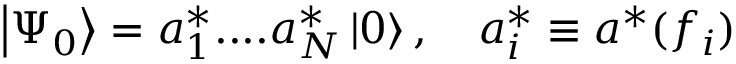
\left| \Psi _ { 0 } \right\rangle = a _ { 1 } ^ { * } . . . . a _ { N } ^ { * } \left| 0 \right\rangle , \quad a _ { i } ^ { * } \equiv a ^ { * } ( f _ { i } )